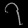
Digit: ၇